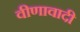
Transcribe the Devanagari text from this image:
वीणावादी